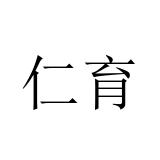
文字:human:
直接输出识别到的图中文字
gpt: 仁育